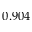
0 . 9 0 4